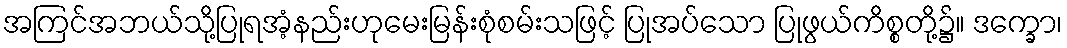
အကြင်အဘယ်သို့ပြုရအံ့နည်းဟုမေးမြန်းစုံစမ်းသဖြင့် ပြုအပ်သော ပြုဖွယ်ကိစ္စတို့၌။ ဒက္ခော၊